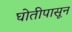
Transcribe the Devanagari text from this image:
घोतीपासून